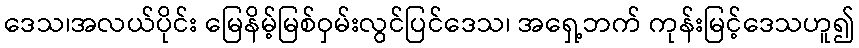
ဒေသ၊အလယ်ပိုင်း မြေနိမ့်မြစ်ဝှမ်းလွင်ပြင်ဒေသ၊ အရှေ့ဘက် ကုန်းမြင့်ဒေသဟူ၍